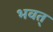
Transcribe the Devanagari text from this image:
भवत्